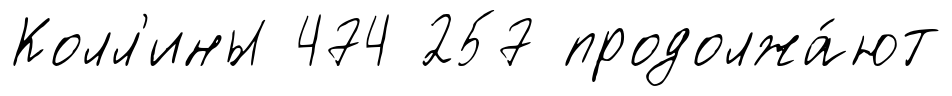
Колл'ины 474 257 продолжа́ют